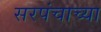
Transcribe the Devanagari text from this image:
सरपंचाच्या